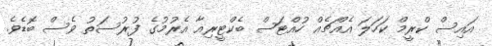
އައިސް ކްރީމް ކަހަލަ އެއްޗެއް ހުއްޓަސް ބެކްޓީރިއާ އެރުމުގެ ފުރުސަތު ވެސް ބޮޑެވެ.